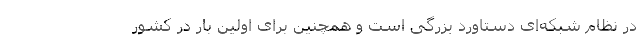
در نظام شبکه‌ای دستاورد بزرگی است و همچنین برای اولین بار در کشور